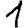
Digit: 1